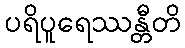
ပရိပူရေဿန္တီတိ